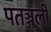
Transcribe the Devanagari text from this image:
पतञ्जली